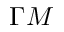
\Gamma M